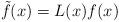
LaTeX: \begin{align*}\tilde{f}(x)=L(x)f(x)\end{align*}